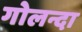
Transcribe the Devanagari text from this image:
गोलन्दा